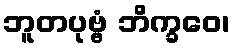
ဘူတပုဗ္ဗံ ဘိက္ခဝေ၊